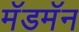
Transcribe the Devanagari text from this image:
मॅडमॅन